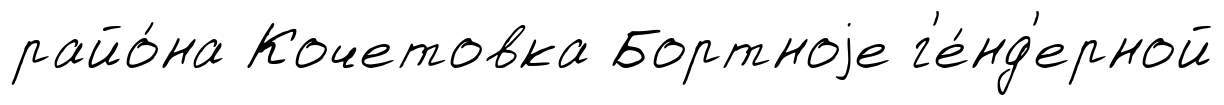
райо́на Кочетовка Бортноjе г'е́нд'ерной